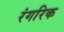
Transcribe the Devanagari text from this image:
रंगरिक